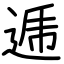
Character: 逓